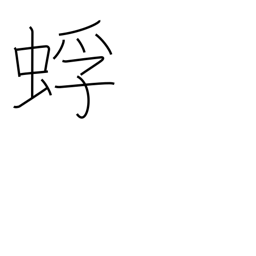
Meaning: kind of ant